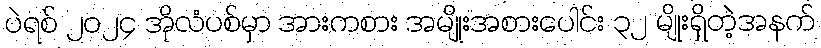
ပဲရစ် ၂၀၂၄ အိုလံပစ်မှာ အားကစား အမျိုးအစားပေါင်း ၃၂ မျိုးရှိတဲ့အနက်